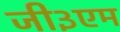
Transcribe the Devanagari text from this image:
जी३एम